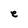
Character: e